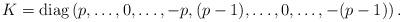
LaTeX: \begin{align*}K={\rm diag}\left(p, \ldots,0,\ldots, -p,(p-1), \ldots,0,\ldots, -(p-1)\right).\end{align*}